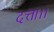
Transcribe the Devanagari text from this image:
दत्ता।।